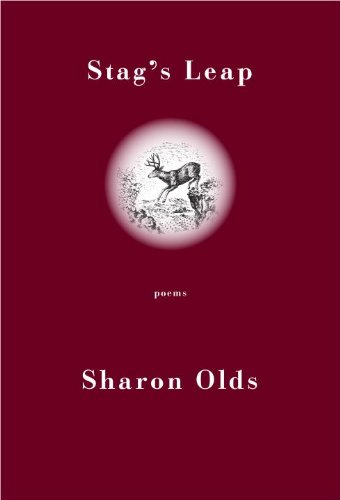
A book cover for Stag's Leap: Poems; Sharon Olds; Parenting & Relationships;